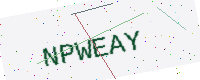
Text: NPWEAY